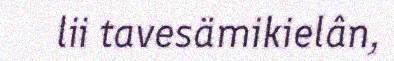
lii tavesämikielân,